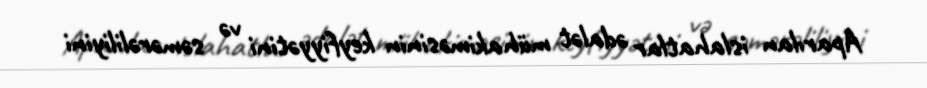
Aparılan islahatlar ədalət mühakiməsinin keyfiyyətini və səmərəliliyini